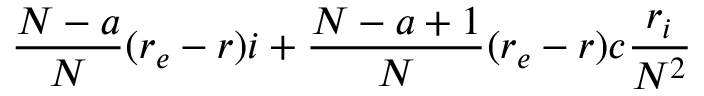
\frac { N - a } { N } ( r _ { e } - r ) i + \frac { N - a + 1 } { N } ( r _ { e } - r ) c \frac { r _ { i } } { N ^ { 2 } }